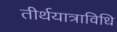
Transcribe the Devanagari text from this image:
तीर्थयात्राविधि